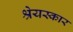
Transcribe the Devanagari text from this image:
श्रेयस्कार